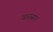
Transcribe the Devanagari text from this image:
वातसार